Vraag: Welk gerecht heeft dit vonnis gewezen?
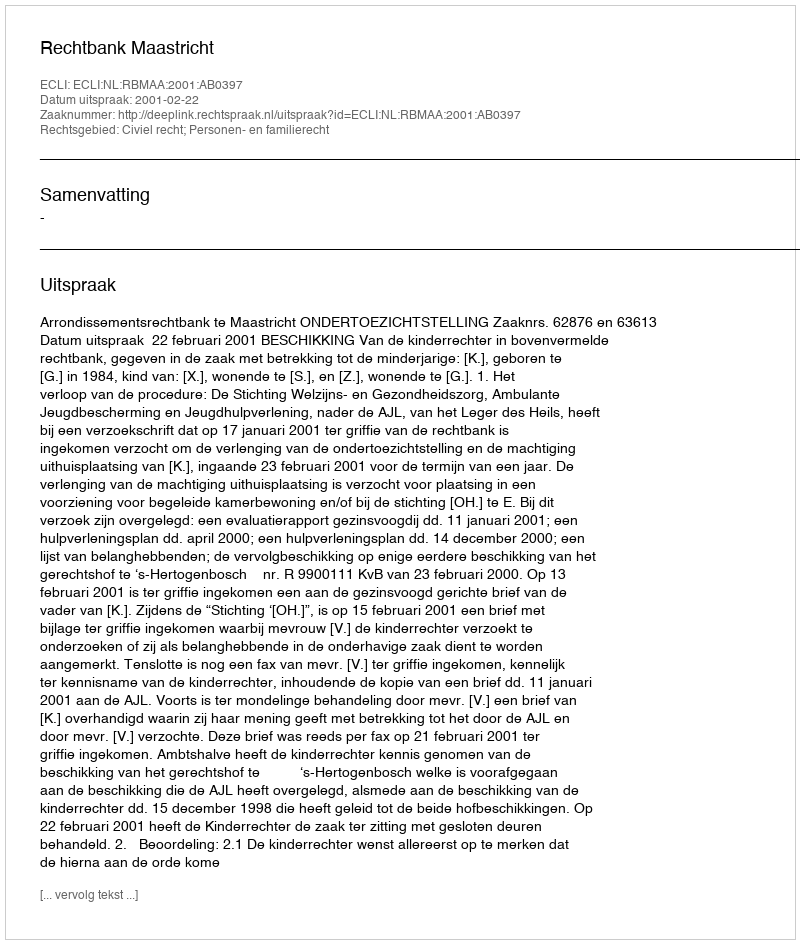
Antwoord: Rechtbank Maastricht